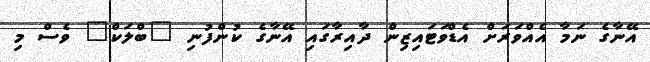
އޭނާގެ ނަމާ އެއްވަރަށް އެޑްވަޓައިޒިން ދާއިރާގައި އޭނާގެ ކުންފުނި "ބްލަކް" ވެސް މި